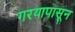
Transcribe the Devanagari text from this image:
गरयापासून